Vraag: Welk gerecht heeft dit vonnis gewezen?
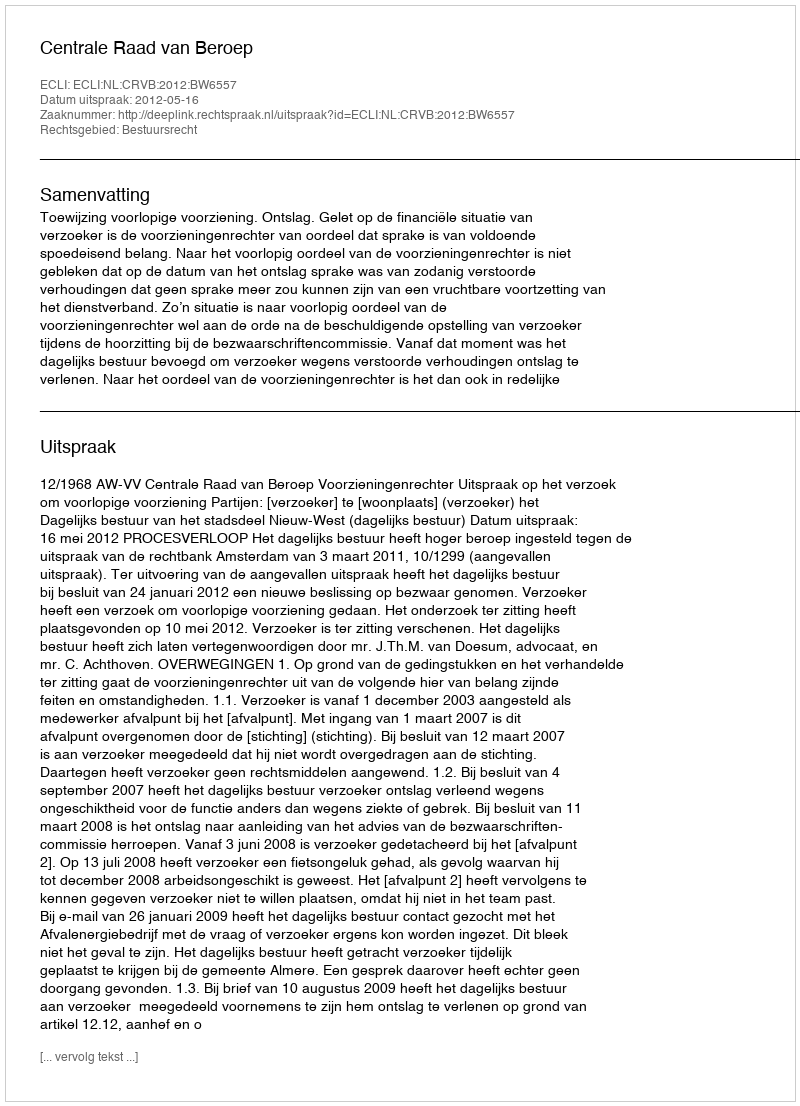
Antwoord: Centrale Raad van Beroep